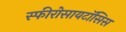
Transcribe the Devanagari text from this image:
स्फीरोसायटॉसिस